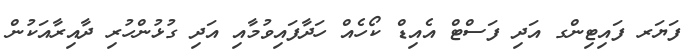
ފަޔަރ ފައިޓިންގ އަދި ފަސްޓް އެއިޑް ކޯހެއް ހަދާފައިވުމާއި އަދި ގުޅުންހުރި ދާއިރާއަކުން